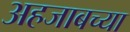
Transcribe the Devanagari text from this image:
अहजाबच्या